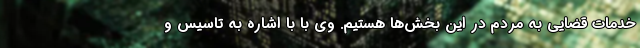
خدمات قضایی به مردم در این بخش‌ها هستیم. وی با با اشاره به تاسیس و